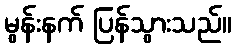
မွန်းနက် ပြန်သွားသည်။